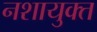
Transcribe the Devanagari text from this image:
नशायुक्त